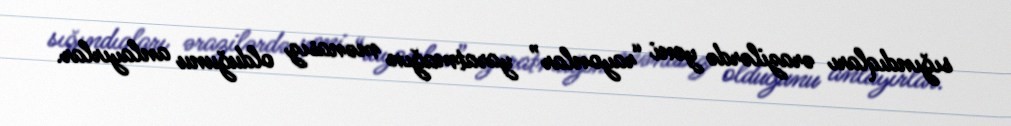
sığındıqları ərazilərdə yeni “rayonlar” yaratmağın mənasız olduğunu anlayırlar.